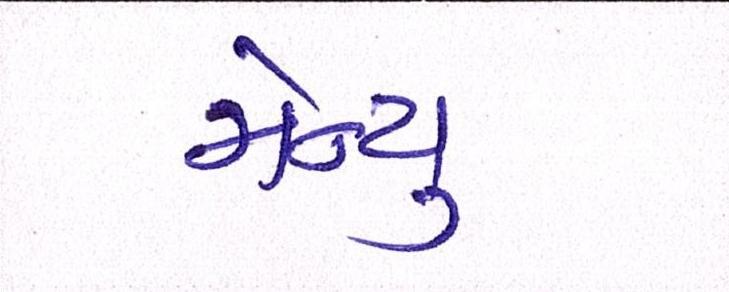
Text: મેન્યુ